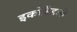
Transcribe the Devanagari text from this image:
इकोफ्रेंडली